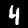
Label: 4